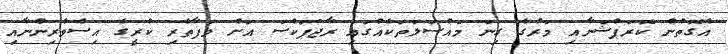
އެގޮތުން ކޮރަޕްޝަނާއި މަރުގެ ގިނަ މައްސަލަތަކެއްގައި ރާޖަޕަކްސަ އަށް ވަފާތެރި ކުރީގެ އިސްވެެރިންނާއި